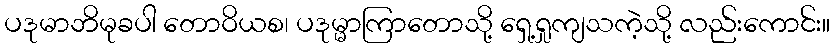
ပဒုမာဘိမုခပါ တောဝိယစ၊ ပဒုမ္မာကြာတောသို့ ရှေ့ရှုကျသကဲ့သို့ လည်းကောင်း။